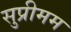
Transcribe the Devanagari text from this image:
सुप्रीमम